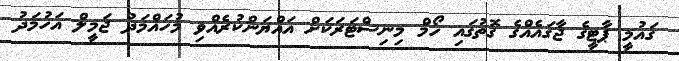
ގައުމީ ޕާޓީގެ ޖާގައެއްގެ ގޮތުގައި ހޯމް މިނިސްޓަރަކަށް އައްޔަންކުރެއްވި މުހައްމަދު ޖަމީލް އަހުމަދު